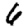
Digit: 6